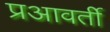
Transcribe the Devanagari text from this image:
प्रआवर्ती